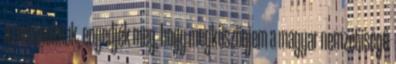
a románoknak, engedjék meg, hogy megköszönjem a magyar nemzetiségű